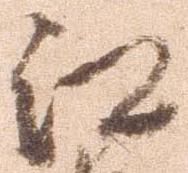
江